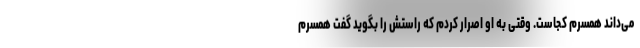
می‌داند همسرم کجاست. وقتی به او اصرار کردم که راستش را بگوید گفت همسرم